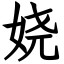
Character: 娆